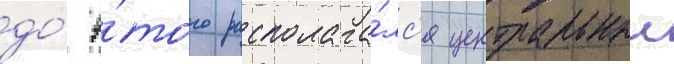
до́ э́того располага́лс'я центральныи